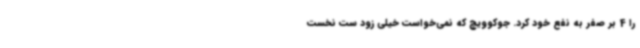
را 4 بر صفر به نفع خود کرد. جوکوویچ که نمی‌خواست خیلی زود ست نخست